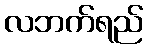
လဘက်ရည်